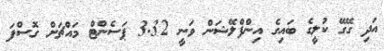
އަދި ގޭގޭ ކުލީގެ ބައިގެ އިންފްލޭޝަން ވަނީ 3.32 ޕަސެންޓް މައްޗަށް ގޮސްފަ